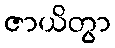
ဇာယိတွာ